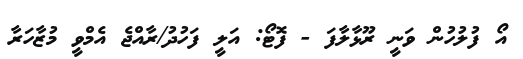
އޯ ފުލުހުން ވަނީ ރޫޅާލާފަ - ފޮޓޯ: އަލީ ފަހުދު/ރާއްޖެ އެމްވީ މުޒާހަރާ